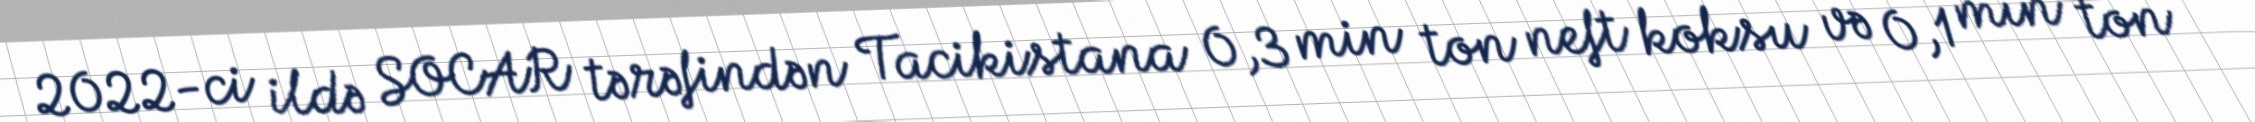
2022-ci ildə SOCAR tərəfindən Tacikistana 0,3 min ton neft koksu və 0,1 min ton